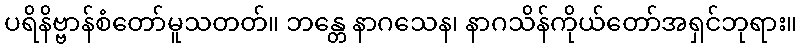
ပရိနိဗ္ဗာန်စံတော်မူသတတ်။ ဘန္တေ နာဂသေန၊ နာဂသိန်ကိုယ်တော်အရှင်ဘုရား။